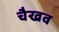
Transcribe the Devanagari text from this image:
चैखव